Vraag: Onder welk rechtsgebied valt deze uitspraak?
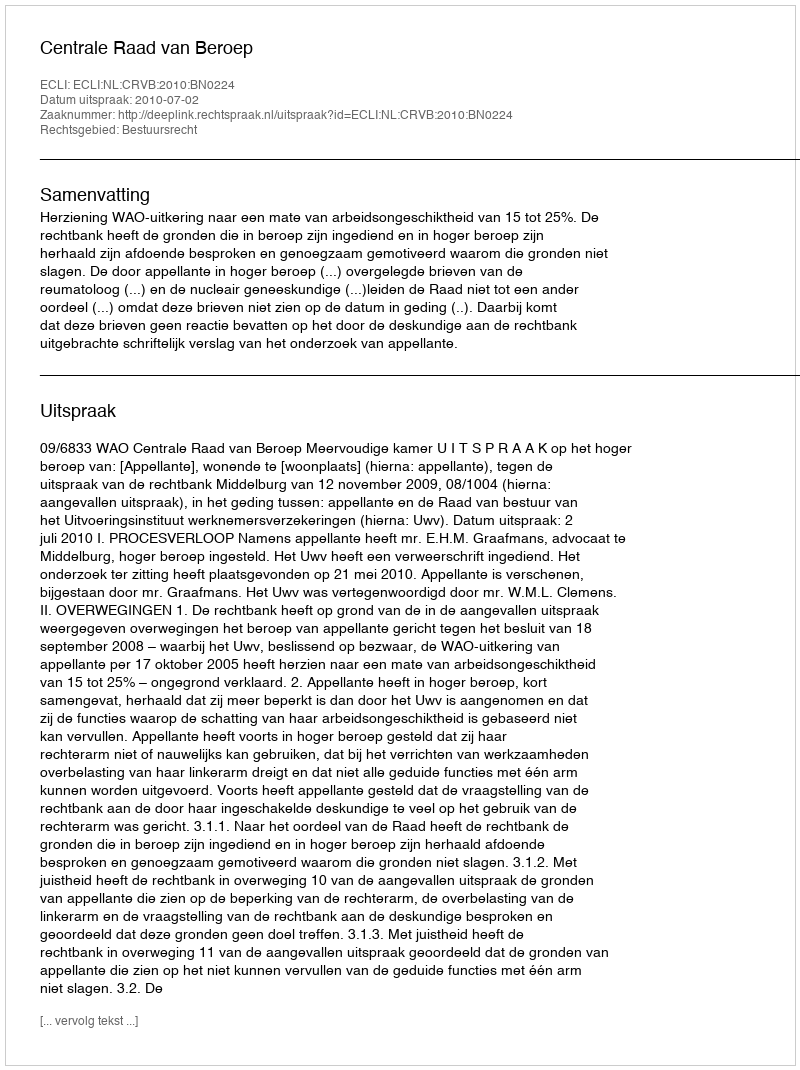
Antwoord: Bestuursrecht